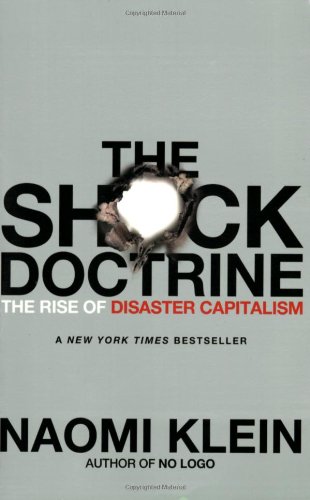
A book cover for The Shock Doctrine: The Rise of Disaster Capitalism; Naomi Klein; Business & Money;